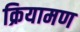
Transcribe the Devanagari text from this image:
क्रियामण